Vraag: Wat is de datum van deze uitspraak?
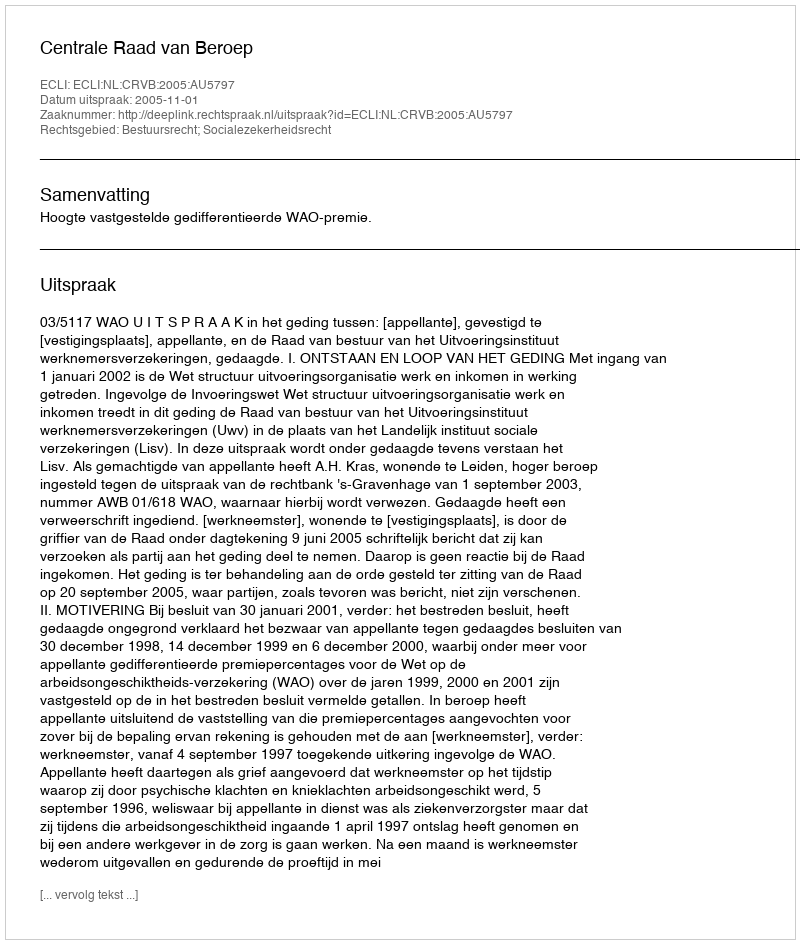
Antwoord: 2005-11-01